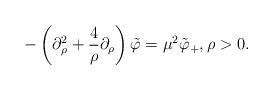
LaTeX: \begin{align*}-\left(\partial_{\rho}^{2}+\frac{4}{\rho}\partial_{\rho} \right)\tilde{\varphi}=\mu^{2}\tilde{\varphi}_{+},\rho>0. \end{align*}